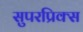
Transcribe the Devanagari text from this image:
सुपरप्रिक्स